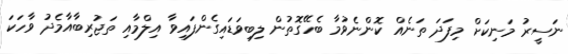
ނަސީރު މަނިކަށް މިފަދަ ތަނެއް ކޮންނެވުމާ ބެހޭގޮތުން ލިބިވަޑައިގެންފައިވާ އިލްމާއި ތަޖުރިބާއާމެދު ވާހަކަ